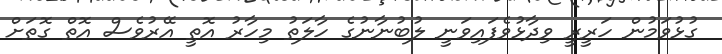
ގުޅުވަމުން ހަރީރީ ވިދާޅުވެފައިވަނީ ލުބުނާނުގެ ހާލަތު މިހާރު އޮތީ އޭރުވެސް އޮތް ގޮތަށް